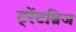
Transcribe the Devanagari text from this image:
ट्रेंटब्रिज